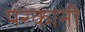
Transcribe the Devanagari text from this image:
परकानी